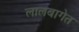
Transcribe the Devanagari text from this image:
लालबागेत